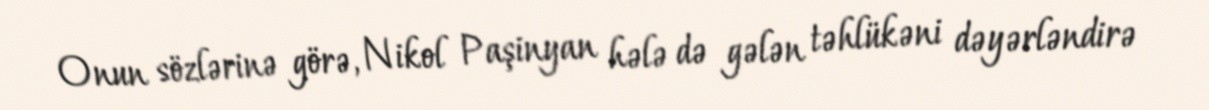
Onun sözlərinə görə, Nikol Paşinyan hələ də gələn təhlükəni dəyərləndirə